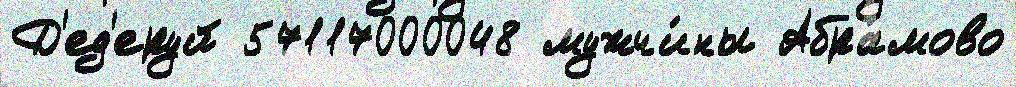
Д'ед'еруй 57117000048 мужчи́ны Абра́мово